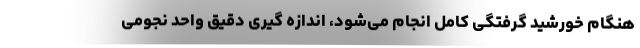
هنگام خورشید گرفتگی کامل انجام می‌شود، اندازه گیری دقیق واحد نجومی